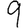
Digit: 9